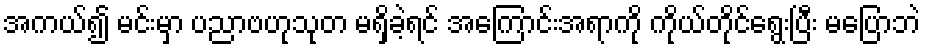
အကယ်၍ မင်းမှာ ပညာဗဟုသုတ မရှိခဲ့ရင် အကြောင်းအရာကို ကိုယ်တိုင်ရွေးပြီး မပြောဘဲ